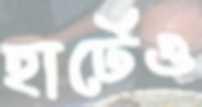
হার্টেও